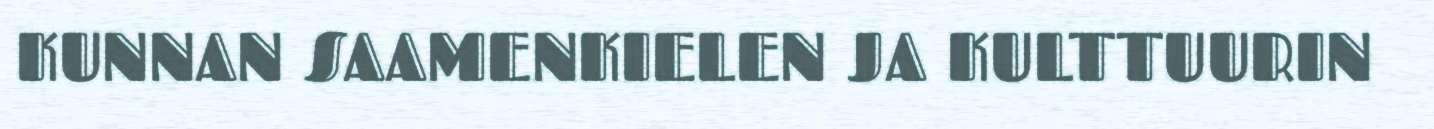
KUNNAN SAAMENKIELEN JA KULTTUURIN